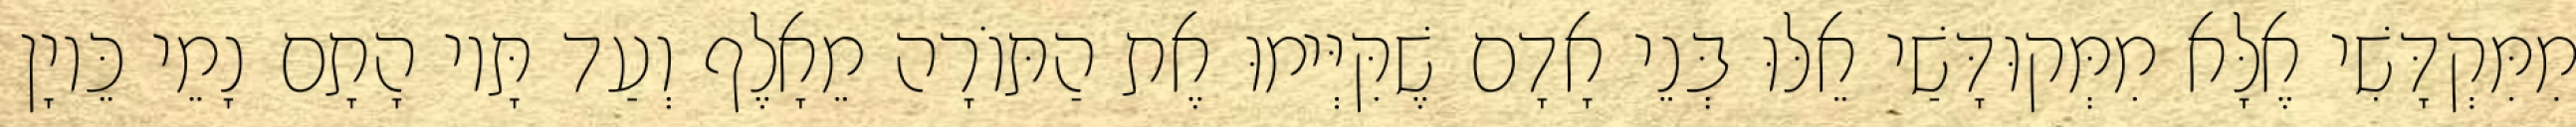
מִמִּקְדָּשִׁי אֶלָּא מִמְּקוּדָּשַׁי אֵלּוּ בְּנֵי אָדָם שֶׁקִּיְּימוּ אֶת הַתּוֹרָה מֵאָלֶף וְעַד תָּיו הָתָם נָמֵי כֵּיוָן